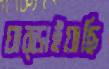
ঘাব্‌ড়াইয়াছি